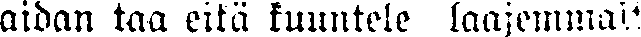
aidan taa eikä kuuntele laajemmalt